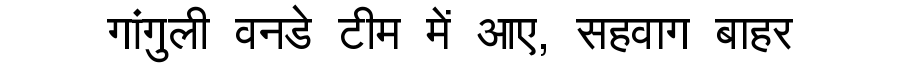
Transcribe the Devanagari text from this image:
गांगुली वनडे टीम में आए, सहवाग बाहर